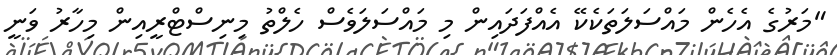
"މަރުގެ އެހެން މައްސަލަތަކެކޭ އެއްފަދައިން މި މައްސަލަވެސް ހެލްތު މިނިސްޓްރީއިން މިހާރު ވަނީ